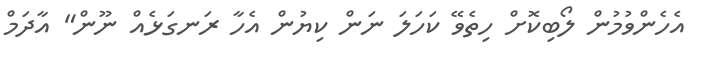
އެހެންވުމުން ލޯބިކޮށް ހިތެވޭ ކަހަލަ ނަން ކިޔުން އެހާ ރަނގަޅެއް ނޫން" އާދަމް